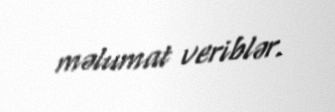
məlumat veriblər.